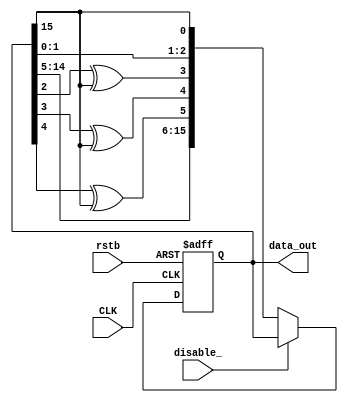
`timescale 1ns / 1ps
////////////////////////////////////////////////////////////////////////////////
//
// Company: 
// Engineer: 
// 
// Design Name: 	 xianjun zheng
// Module Name:    galois lfsr 16bits generator
// Project Name: 
// Target Devices: 
// Tool versions: 
// Description: 
// 
// Dependencies: 
// 
// Revision: 
// Revision 0.01 - File Created
// Additional Comments: 
// formula is as followed: x16+x5+x4+x3+1
////////////////////////////////////////////////////////////////////////////////
//
module galois_lfsr_16bit_generator(
	input CLK,
	input rstb,
	input disable_,
	output [15:0] data_out	
    );

localparam LFSR_INIT=16'hffff;
reg [15:0] lfsr;
wire [15:0] lfsr_next;

assign data_out=lfsr;

assign lfsr_next[0]=lfsr[15];
assign lfsr_next[1]=lfsr[0];
assign lfsr_next[2]=lfsr[1];
assign lfsr_next[3]=lfsr[2]^lfsr[15];
assign lfsr_next[4]=lfsr[3]^lfsr[15];
assign lfsr_next[5]=lfsr[4]^lfsr[15];
assign lfsr_next[6]=lfsr[5];
assign lfsr_next[7]=lfsr[6];
assign lfsr_next[8]=lfsr[7];
assign lfsr_next[9]=lfsr[8];
assign lfsr_next[10]=lfsr[9];
assign lfsr_next[11]=lfsr[10];
assign lfsr_next[12]=lfsr[11];
assign lfsr_next[13]=lfsr[12];
assign lfsr_next[14]=lfsr[13];
assign lfsr_next[15]=lfsr[14];

always @(posedge CLK or negedge rstb) begin
	if(!rstb)
		lfsr<=LFSR_INIT;
	else if(disable_)
		lfsr<=lfsr;
	else lfsr<=lfsr_next;
end

endmodule